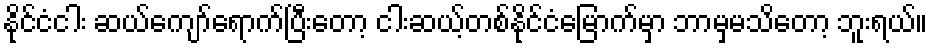
နိုင်ငံငါး ဆယ်ကျော်ရောက်ပြီးတော့ ငါးဆယ့်တစ်နိုင်ငံမြောက်မှာ ဘာမှမသိတော့ ဘူးရယ်။